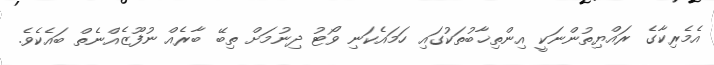
އެމެރިކާގެ ރައްޔިތުންނަކީ އިންތިޚާބުތަކުގައި ހަމައެކަނި ވޯޓު ދިނުމަށް ތިބޭ ބާރެއް ނުފޫޒެއްނެތް ބައެކެވެ.